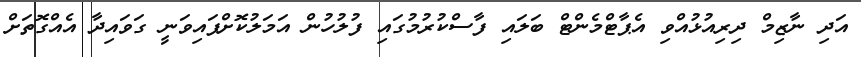
އަދި ނާޒިމް ދިރިއުޅުއްވި އެޕާޓްމެންޓް ބަލައި ފާސްކުރުމުގައި ފުލުހުން އަމަލުކޮށްފައިވަނީ ގަވައިދާ އެއްގޮތަށް